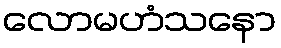
လောမဟံသနော